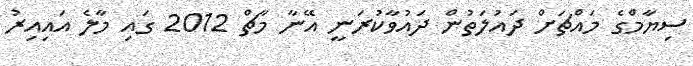
ސިޔާމްގެ މައްޗަށް ދައުލަތުން ދައުވާކުރަނީ އޭނާ މާޗް 2012 ގައި މާލެ އައިއިރު